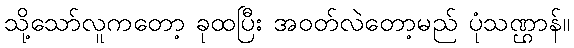
သို့သော်လူကတော့ ခုထပြီး အဝတ်လဲတော့မည် ပုံသဏ္ဌာန်။